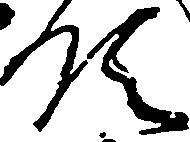
領